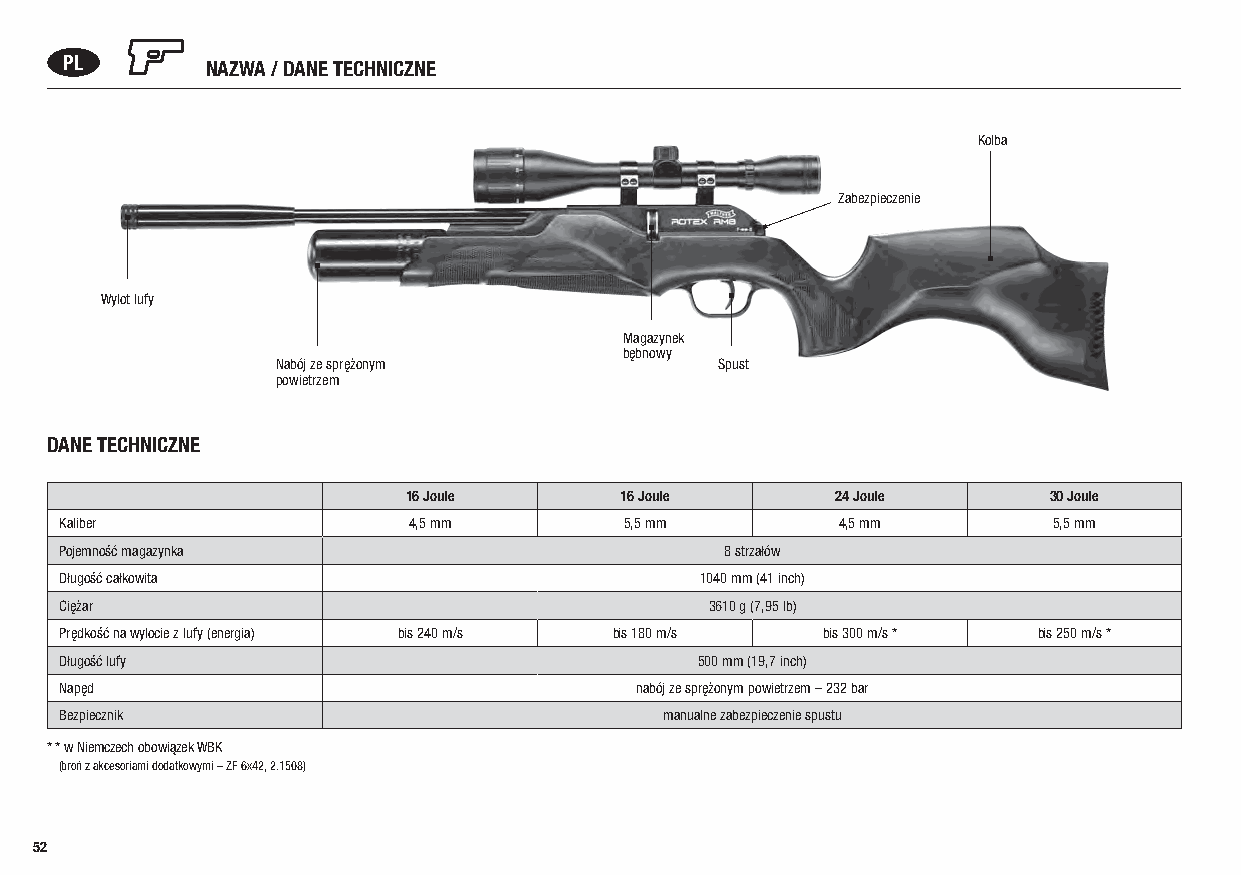
PL        NAZWA / DANE TECHNICZNE
 Kolba
 Zabezpieczenie
 Wylot lufy
 Magazynek
 bębnowy
 Nabój ze sprężonym            Spust
 powietrzem
 DANE TECHNICZNE
 16 Joule      16 Joule      24 Joule      30 Joule
 Kaliber                4,5 mm        5,5 mm        4,5 mm         5,5 mm
 Pojemność magazynka                         8 strzałów
 Długość całkowita                         1040 mm (41 inch)
 Ciężar                                     3610 g (7,95 lb)
 Prędkość na wylocie z lufy (energia) bis 240 m/s bis 180 m/s bis 300 m/s * bis 250 m/s *
 Długość lufy                              500 mm (19,7 inch)
 Napęd                                 nabój ze sprężonym powietrzem – 232 bar
 Bezpiecznik                             manualne zabezpieczenie spustu
 * * w Niemczech obowiązek WBK
 (broń z akcesoriami dodatkowymi – ZF 6x42, 2.1508)
 52